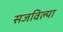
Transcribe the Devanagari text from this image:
सजविल्या